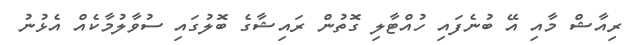
ރިއާޝް މާއި އޭ ބުނެފައި ހުއްޓާލި ގޮތުން ރައިޝާގެ ބޮލުގައި ސުވާލުމާކެއް އެޅުނު